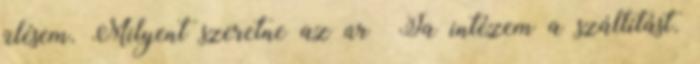
ülésem. Milyent szeretne az úr Ja intézem a szállítást.